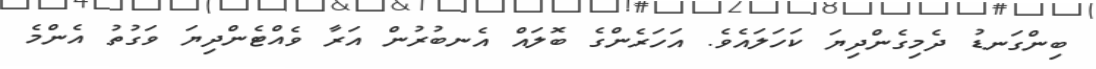
ބިންގަނޑު ދެމިގެންދިޔަ ކަހަލައެވެ. އަހަރެންގެ ބޮލައް އެނބުރުން އަރާ ވެއްޓެންދިޔަ ވަގުތު އެންމެ